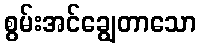
စွမ်းအင်ချွေတာသော